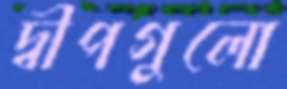
দ্বীপগুলো